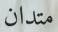
متدان